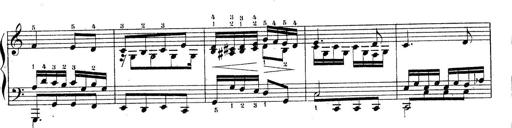
Title: Piano Sonatine No.2
Composer: Peter Piel
Key: G major